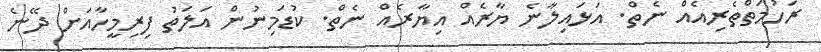
ރަހުމަތްތެރިއެއް ނެތް. އަޅައިލާނެ ޔާރެއް އިޔާރެއް ނެތް. ކުޑަމިނުން އަލަތު ފިރިމީހާއަށް ދޭނެ